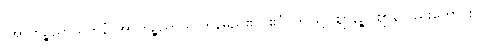
(အာကိဉ္စညာယတနံ၊ အာကိဉ္စညာယ တနမည်၏။ ဧဝံ၊ ဤသို့။ ဈာနဉ္စ၊ ဈာန်လည်းကောင်း။